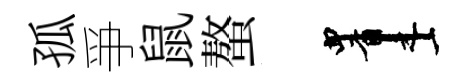
孤爭鼠螯画